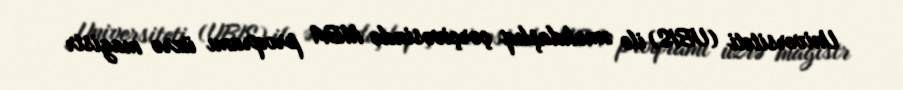
Universiteti (UBIS) ilə əməkdaşlıq çərçivəsində MBA proqramı üzrə magistr